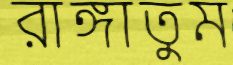
রাঙ্গাতুম